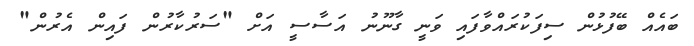
ބައެއް ބޭފުޅުން ސިފަކުރައްވާފައި ވަނީ ގާނޫނު އަސާސީ އަށް "ސަރުކާރުން ފައިން އެރުން"